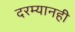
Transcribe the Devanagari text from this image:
दरम्यानही